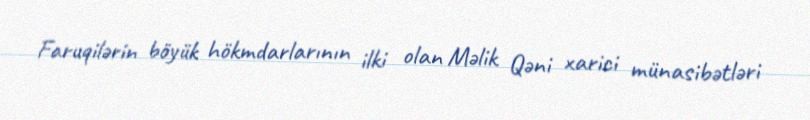
Faruqilərin böyük hökmdarlarının ilki olan Məlik Qəni xarici münasibətləri